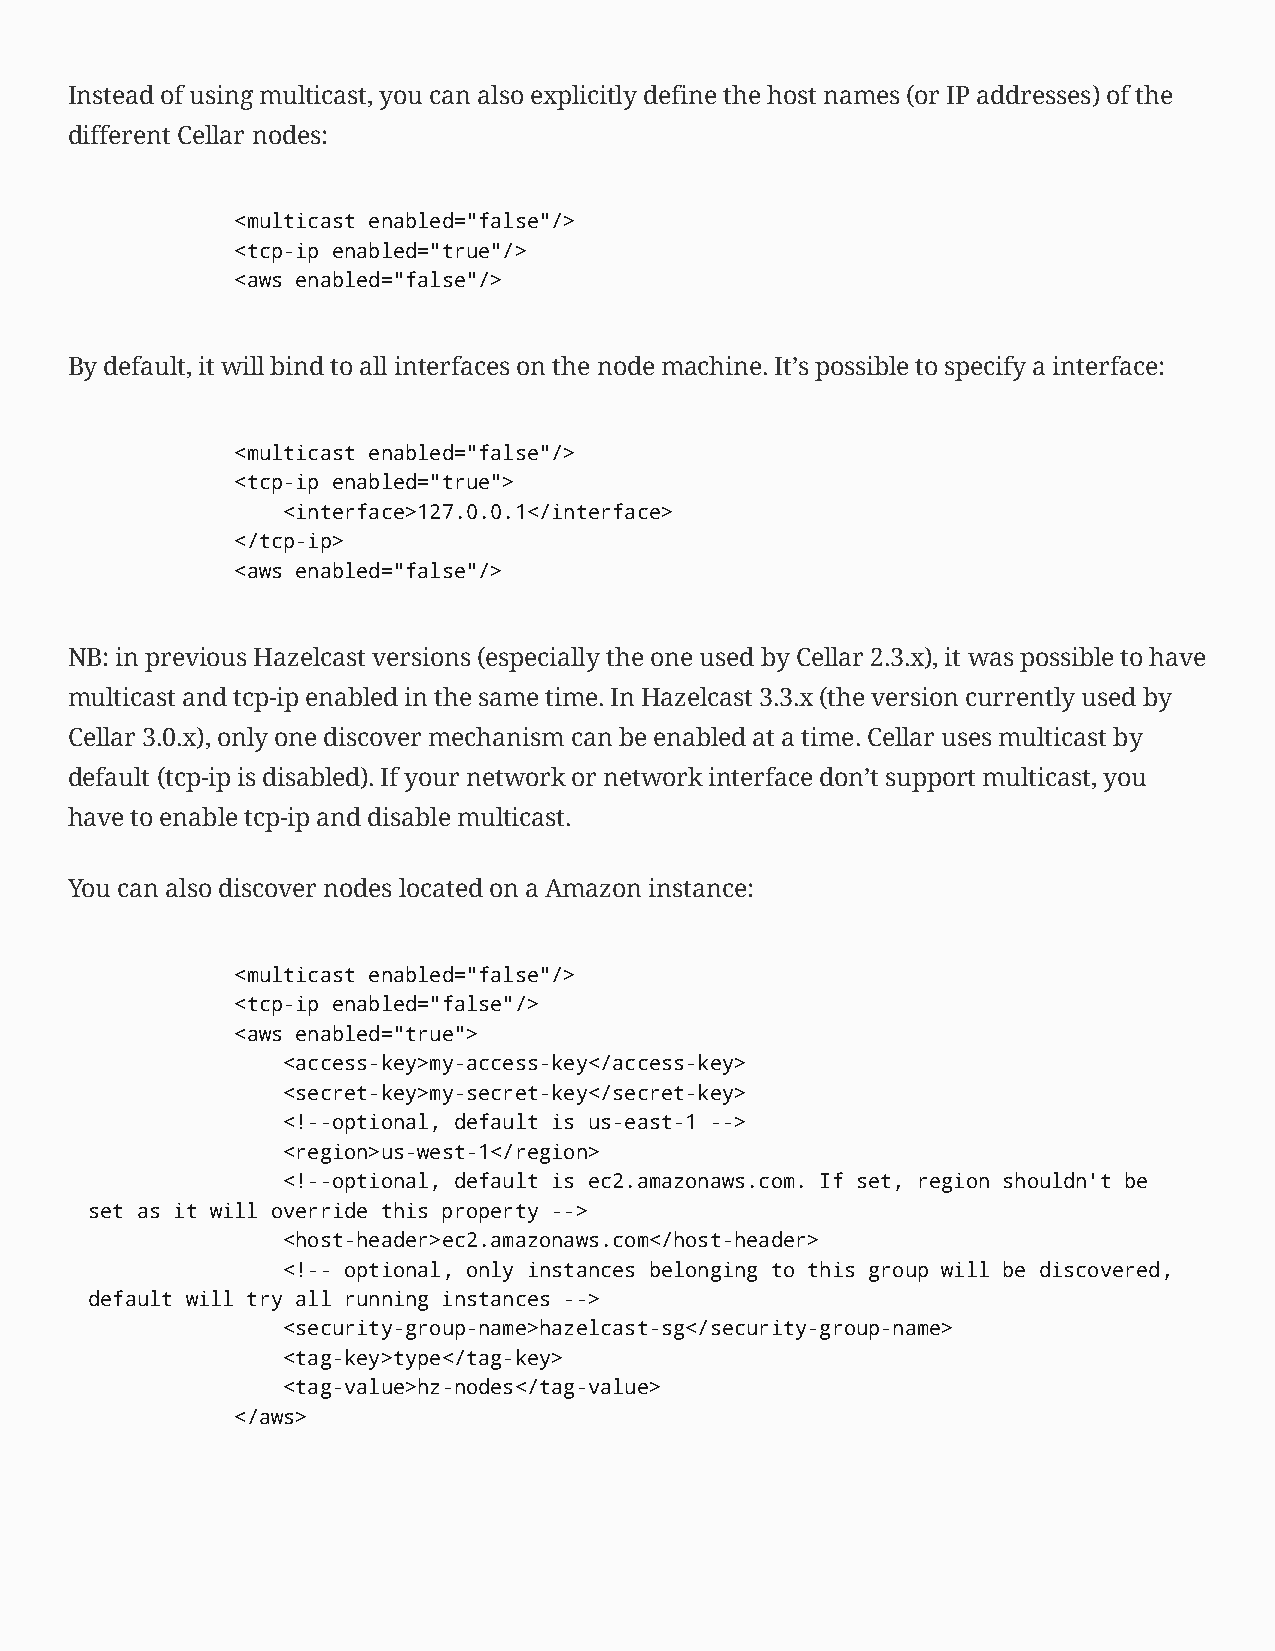
Instead of using multicast, you can also explicitly define the host names (or IP addresses) of the
 different Cellar nodes:
 <multicast enabled="false"/>
 <tcp-ip enabled="true"/>
 <aws enabled="false"/>
 By default, it will bind to all interfaces on the node machine. It’s possible to specify a interface:
 <multicast enabled="false"/>
 <tcp-ip enabled="true">
 <interface>127.0.0.1</interface>
 </tcp-ip>
 <aws enabled="false"/>
 NB: in previous Hazelcast versions (especially the one used by Cellar 2.3.x), it was possible to have
 multicast and tcp-ip enabled in the same time. In Hazelcast 3.3.x (the version currently used by
 Cellar 3.0.x), only one discover mechanism can be enabled at a time. Cellar uses multicast by
 default (tcp-ip is disabled). If your network or network interface don’t support multicast, you
 have to enable tcp-ip and disable multicast.
 You can also discover nodes located on a Amazon instance:
 <multicast enabled="false"/>
 <tcp-ip enabled="false"/>
 <aws enabled="true">
 <access-key>my-access-key</access-key>
 <secret-key>my-secret-key</secret-key>
 <!--optional, default is us-east-1 -->
 <region>us-west-1</region>
 <!--optional, default is ec2.amazonaws.com. If set, region shouldn't be
 set as it will override this property -->
 <host-header>ec2.amazonaws.com</host-header>
 <!-- optional, only instances belonging to this group will be discovered,
 default will try all running instances -->
 <security-group-name>hazelcast-sg</security-group-name>
 <tag-key>type</tag-key>
 <tag-value>hz-nodes</tag-value>
 </aws>